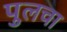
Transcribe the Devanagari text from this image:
पुलचा